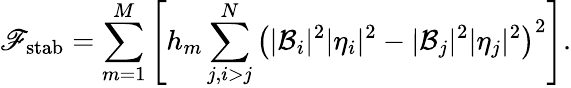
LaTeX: \mathscr{F}_{\mathrm{{stab}}}=\sum_{m=1}^{M}\left[h_{m}\sum_{j,i>j}^{N}\left(|\mathcal{{B}}_{i}|^{2}|\eta_{i}|^{2}-|\mathcal{{B}}_{j}|^{2}|\eta_{j}|^{2}\right)^{2}\right].